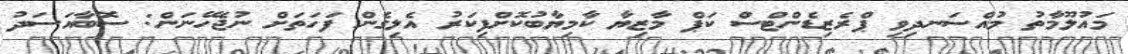
މައުލޫމާތު މުއްސަނދިވި ޕްރެޒިޑެންޓްސް ކަޕް މާޒިޔާ ކާމިޔާބުކޮށްފިކަރު އެލިގެން ފަހަތަށް ނުޖެހޭނަން: ސޮބާއަސަދު